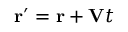
\mathbf { r } ^ { \prime } = \mathbf { r } + \mathbf { V } t